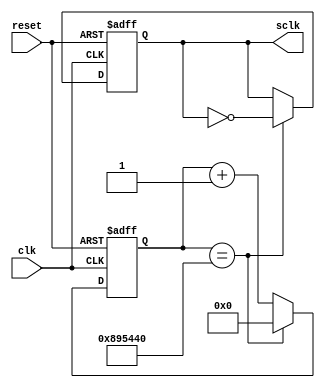
// This program was cloned from: https://github.com/jge162/ScoreBoardW-Timer
// License: GNU General Public License v3.0

`timescale 1ns / 1ps
//////////////////////////////////////////////////////////////////////////////////
// school: CSUF
// Engineers: Jeremy, Duy, Spencer
// Design Name: Basket ball score board
// Module Name: timer, scoreboard
// Project Name: 446 final project
// Target Devices: FPGA Nexys A7
//
// Additional Comments: group project
// 
//////////////////////////////////////////////////////////////////////////////////
   
module clock_divider(
input clk,
input reset,
output reg sclk
);
reg [31:0] count;
always@(posedge clk or negedge reset)
begin
if(reset == 1'b0) begin
    count <= 32'd0;
sclk <= 1'b0;
end else begin
if(count == 32'd9000000) begin
    count <= 32'd0;
sclk <= ~sclk;
end else begin
    count <= count + 1;
end
end
end
endmodule